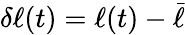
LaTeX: \delta\ell(t)=\ell(t)-\bar{\ell}